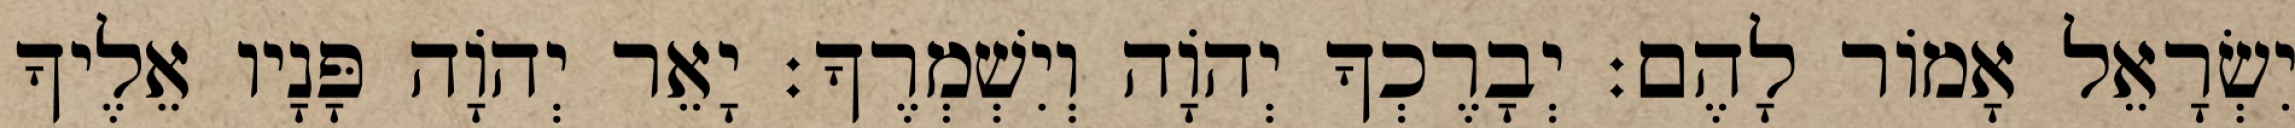
יִשְׂרָאֵל אָמוֹר לָהֶם׃ יְבָרֶכְךָ יְהוָֹה וְיִשְׁמְרֶךָ׃ יָאֵר יְהוָֹה פָּנָיו אֵלֶיךָ